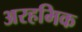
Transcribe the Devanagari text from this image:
अरहमिक